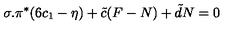
\sigma . \pi ^ { * } ( 6 c _ { 1 } - \eta ) + { \tilde { c } } ( F - N ) + { \tilde { d } } N = 0